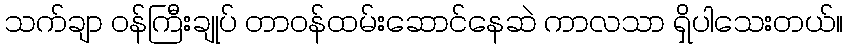
သက်ချာ ဝန်ကြီးချုပ် တာဝန်ထမ်းဆောင်နေဆဲ ကာလသာ ရှိပါသေးတယ်။